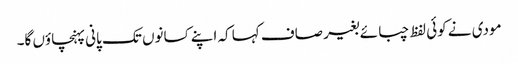
مودی نے کوئی لفظ چبائے بغیر صاف کہا کہ اپنے کسانوں تک پانی پہنچاؤں گا۔